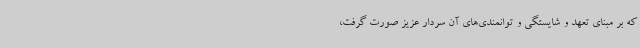
که بر مبنای تعهد و شایستگی و توانمندی‌های آن سردار عزیز صورت گرفت،